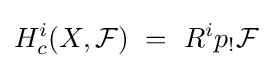
\displaystyle H_{c}^{i}(X,{\mathcal {F}})\ =\ R^{i}p_{!}{\mathcal {F}}